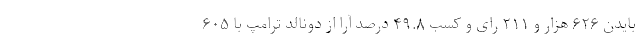
بایدن ۶۲۶ هزار و ۲۱۱ رای و کسب ۴۹.۸ درصد آرا از دونالد ترامپ با ۶۰۵